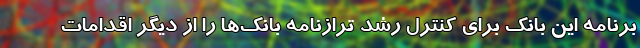
برنامه این بانک برای کنترل رشد ترازنامه بانک‌ها را از دیگر اقدامات